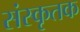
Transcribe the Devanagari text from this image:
संस्कृतक